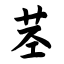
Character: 茎